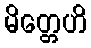
မိတ္တေဟိ